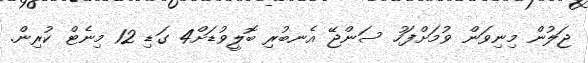
ޖަލުން މިނިވަން ވުމަށްފަހު ސަންޖޭ އެނބުރި ބޮލީވުޑަށް4 ގަޑި 12 މިނެޓް ކުރިން.